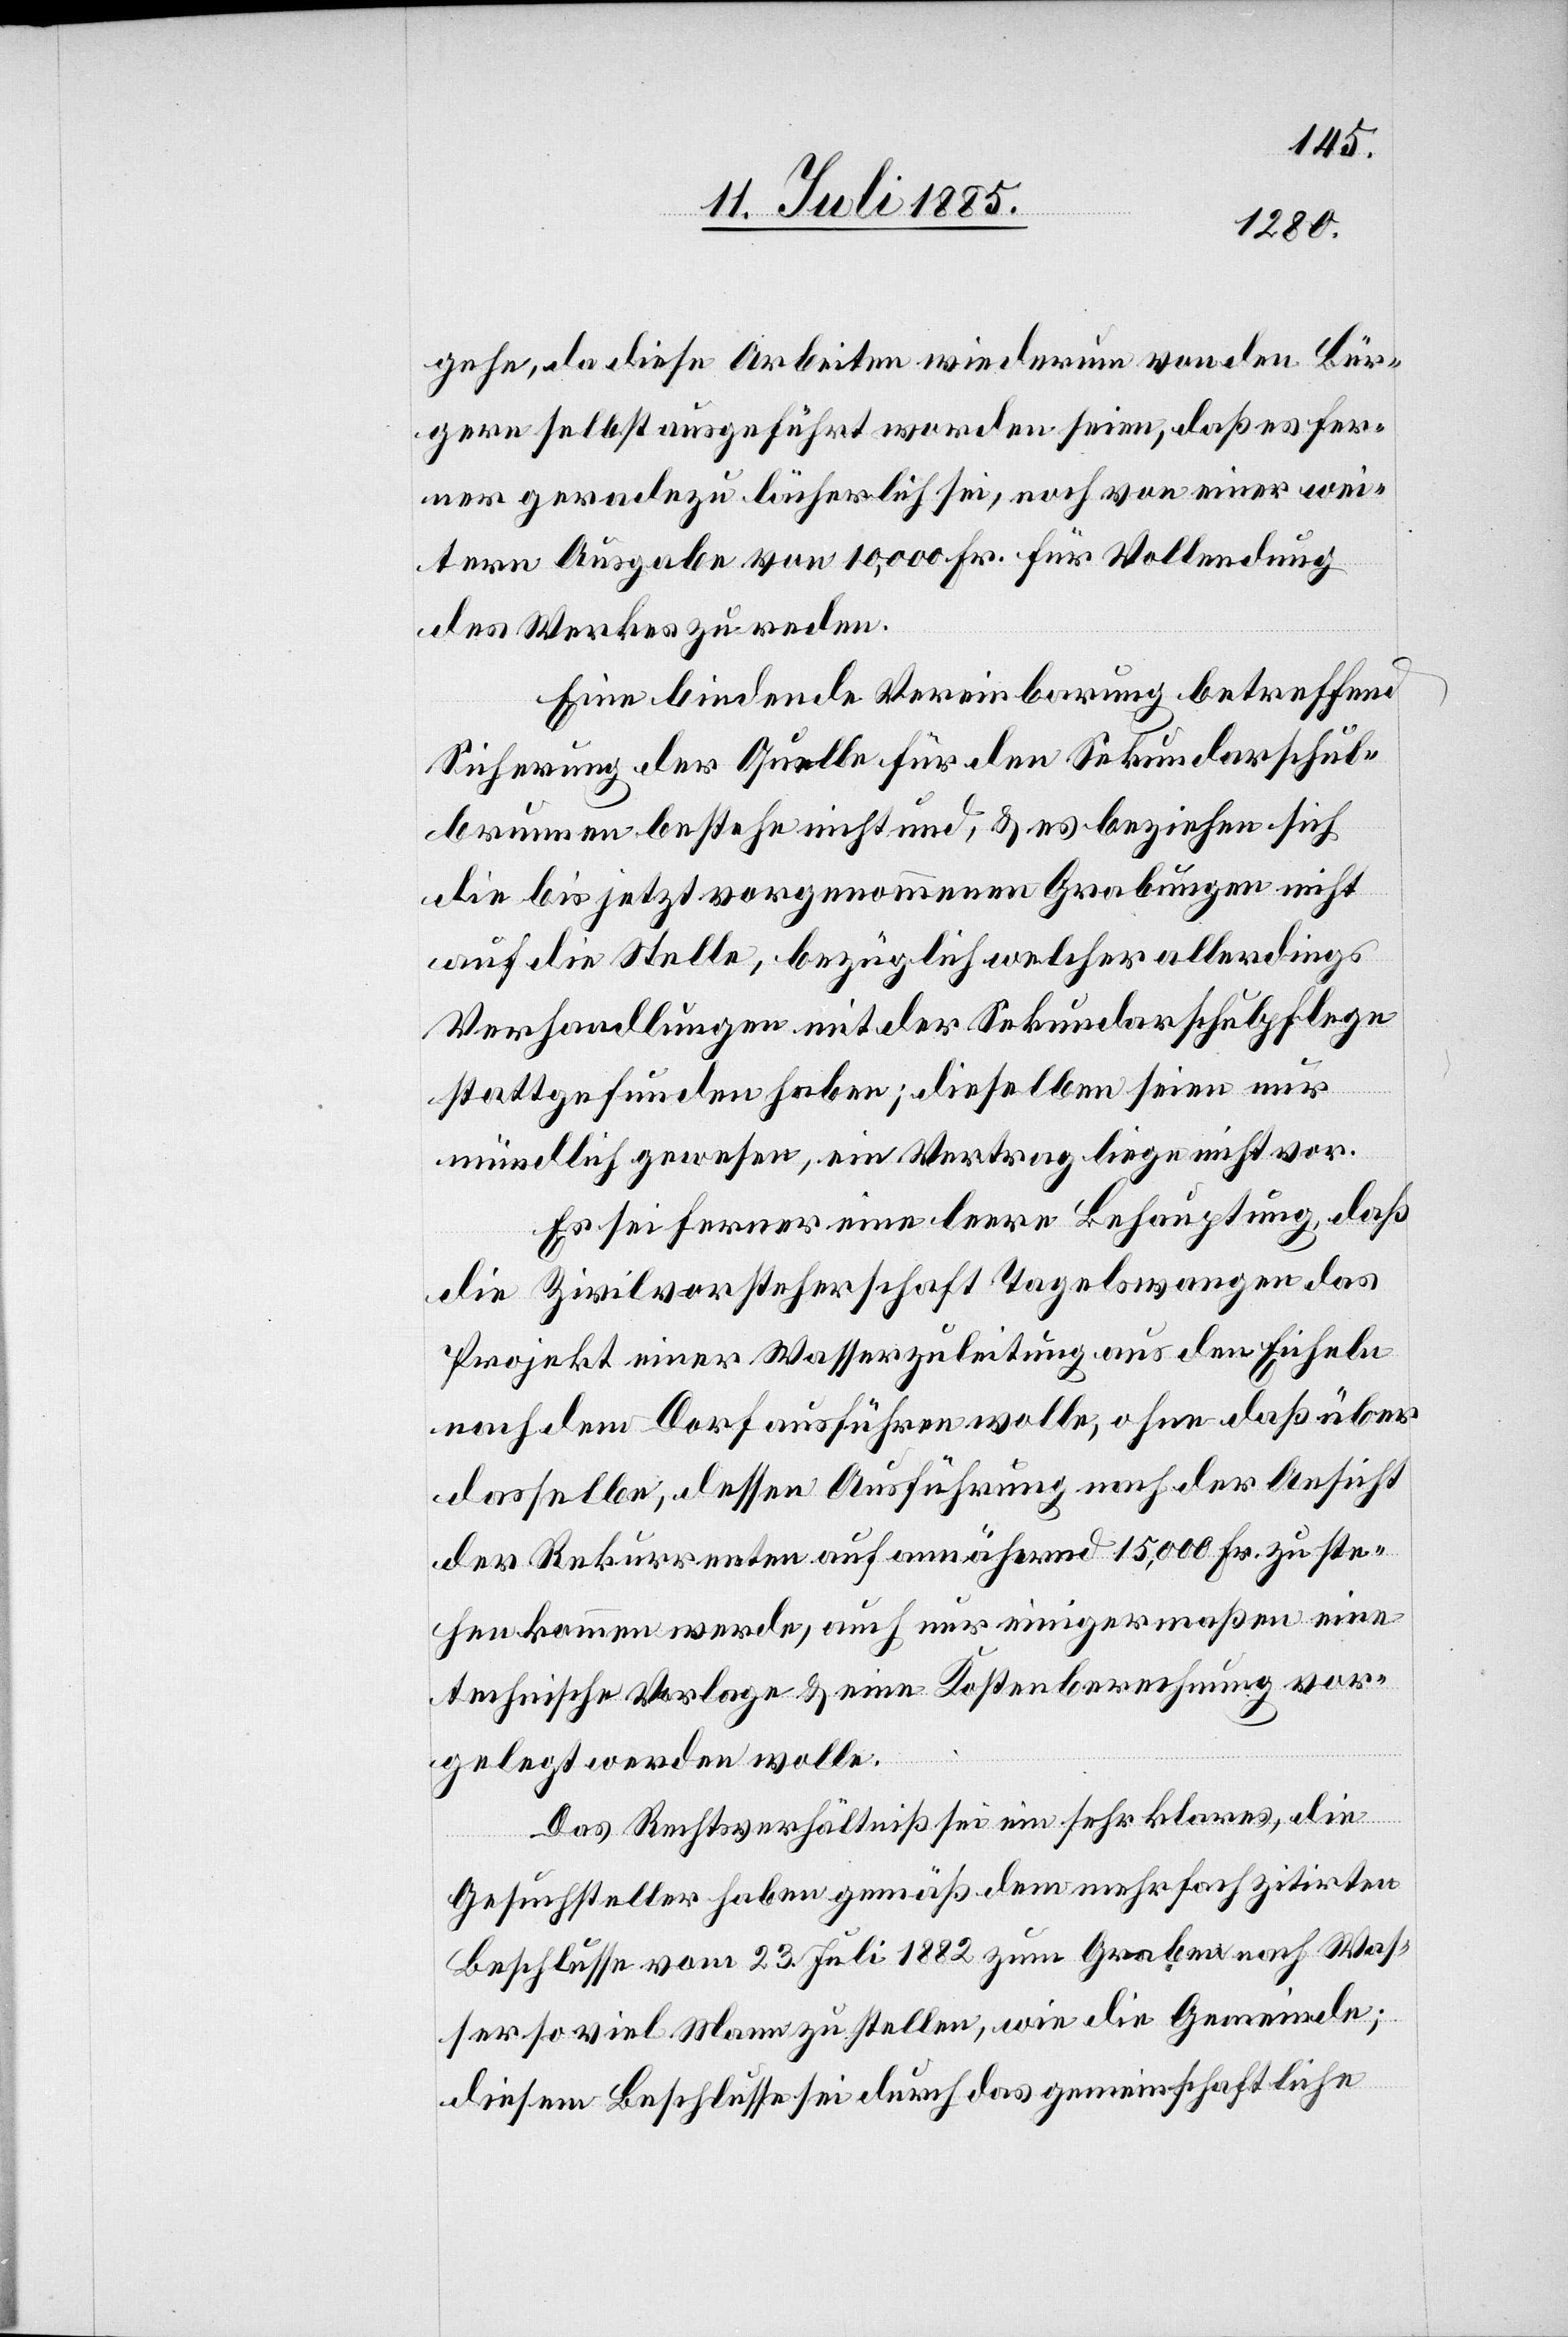
gehe, da diese Arbeiten wiederum von den Bür¬
gern selbst ausgeführt worden seien, daß es fer¬
ner geradezu lächerlich sei, noch von einer wei¬
tern Ausgabe von 10,000 Fr. für Vollendung
des Werkes zu reden.
Eine bindende Vereinbarung betreffend
Sicherung der Quelle für den Sekundarschul¬
brunnen bestehe nicht und, & es beziehen sich
die bis jetzt vorgenommenen Grabungen nicht
auf die Stelle, bezüglich welcher allerdings
Verhandlungen mit der Sekundarschulpflege
stattgefunden haben; dieselben seien nur
mündlich gewesen, ein Vertrag liege nicht vor.
Es sei ferner eine leere Behauptung, daß
die Zivilvorsteherschaft Tagelswangen das
Projekt einer Wasserzuleitung aus den Eicheln
nach dem Dorf ausführen wolle, ohne daß über
dasselbe, dessen Ausführung nach der Ansicht
der Rekurrenten auf annähernd 15,000 Fr. zu ste¬
hen kommen werde, auch nur einigermaßen eine
technische Vorlage & eine Kostenberechnung vor¬
gelegt werden wolle.
Das Rechtsverhältniß sei ein sehr klares, die
Gesuchsteller haben gemäß dem mehrfach zitirten
Beschlusse vom 23. Juli 1882 zum Graben nach Was¬
ser so viel Mann zu stellen, wie die Gemeinde;
diesem Beschlusse sei durch das gemeinschaftliche